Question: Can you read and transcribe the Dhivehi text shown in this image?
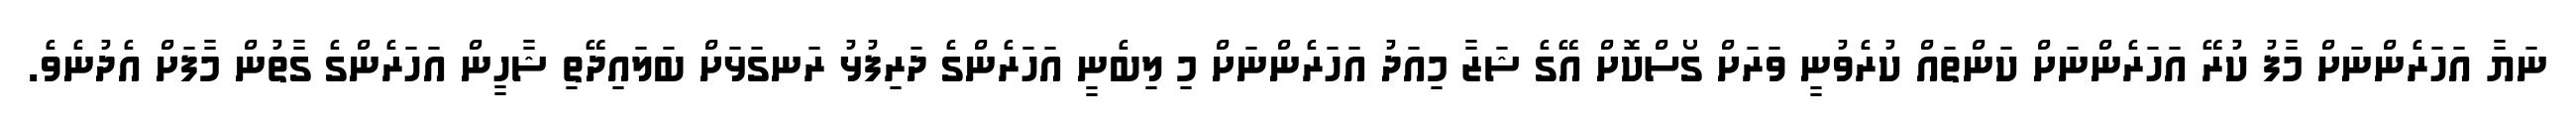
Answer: ނަޔާ އަހަރެންނަށް މާފު ކުރޭ އަހަރެންނަށް ކަންތައް ކުރެވުނީ ވަރަށް ގޯސްކޮށް އޭގެ ޝަޒާ މިއަދު އަހަރެންނަށް މި ލިބެނީ އަހަރެންގެ ދަރިފުޅު ރަނގަޅަށް ބަލައިދޭތި ޝާހީން އަހަރެންގެ ގާތުން މާފަށް އެދުނެވެ.